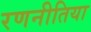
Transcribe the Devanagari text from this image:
रणनीतिया